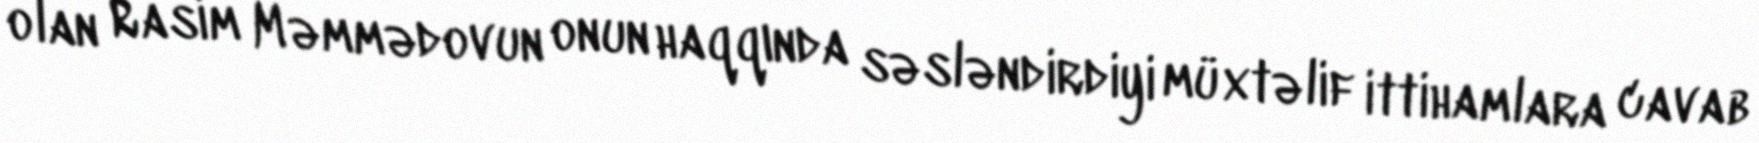
olan Rasim Məmmədovun onun haqqında səsləndirdiyi müxtəlif ittihamlara cavab